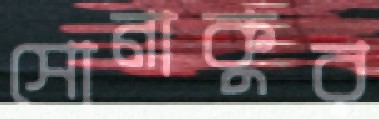
সোনাকুর